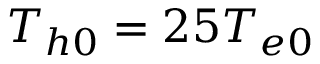
T _ { h 0 } = 2 5 T _ { e 0 }